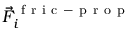
\vec { F } _ { i } ^ { \mathrm { ~ f ~ r ~ i ~ c ~ - ~ p ~ r ~ o ~ p ~ } }